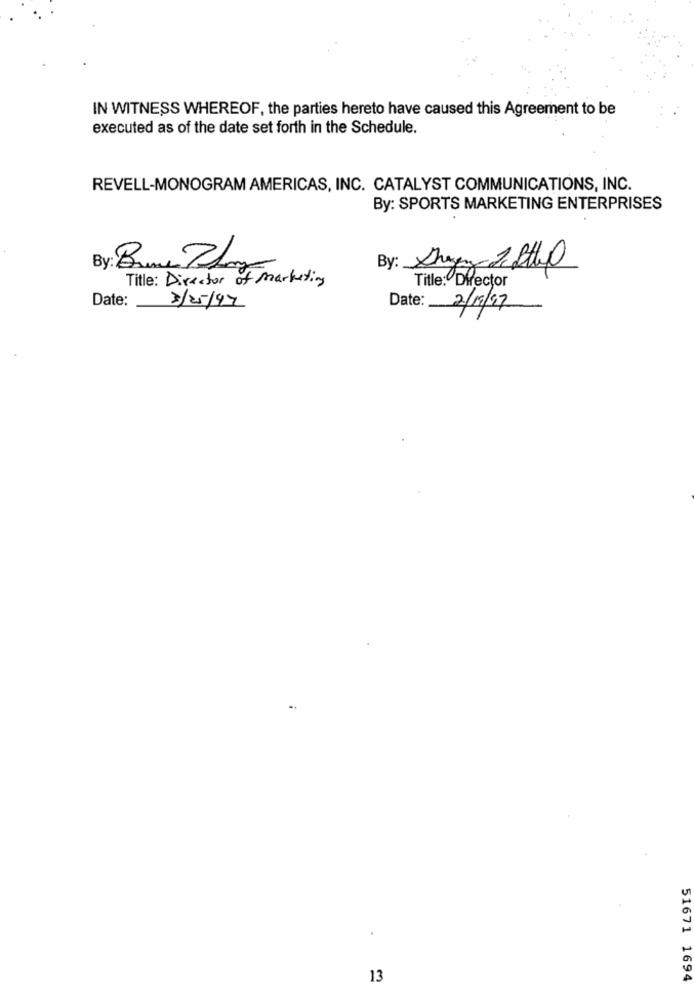
IN WITNESS WHEREOF, the parties hereto have caused this Agreement to be
executed as of the date set forth in the Schedule.
REVELL-MONOGRAM AMERICAS, INC. CATALYST COMMUNICATIONS, INC.
By: SPORTS MARKETING ENTERPRISES
By: Bune Plany
By: Shagen 2 8th
Title: Director of Marketing
Title: Director
Date:
Date:
3/25/97
2/19/17
13
51671 1694